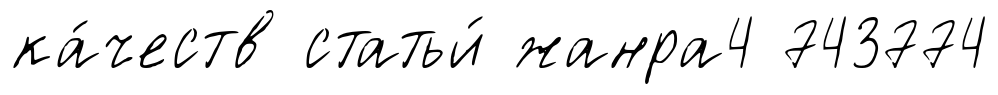
ка́честв статьи́ жанра4 743774